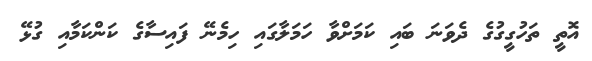
އޮތީ ތަހުގީގުގެ ދެވަނަ ބައި ކަމަަށްވާ ހަމަލާގައި ހިމެނޭ ފައިސާގެ ކަންކަމާއި ގުޅޭ